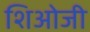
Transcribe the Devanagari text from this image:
शिओजी